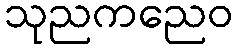
သုညကညေဝ